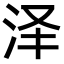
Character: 泽